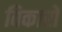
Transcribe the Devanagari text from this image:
विकारों